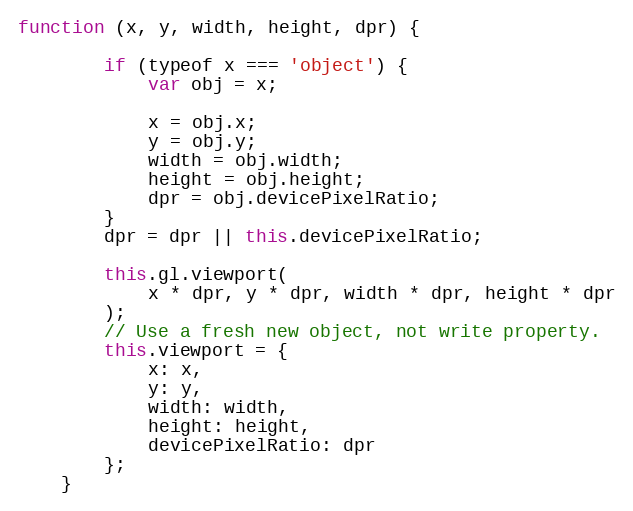
Language: JavaScript
function (x, y, width, height, dpr) {

        if (typeof x === 'object') {
            var obj = x;

            x = obj.x;
            y = obj.y;
            width = obj.width;
            height = obj.height;
            dpr = obj.devicePixelRatio;
        }
        dpr = dpr || this.devicePixelRatio;

        this.gl.viewport(
            x * dpr, y * dpr, width * dpr, height * dpr
        );
        // Use a fresh new object, not write property.
        this.viewport = {
            x: x,
            y: y,
            width: width,
            height: height,
            devicePixelRatio: dpr
        };
    }